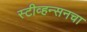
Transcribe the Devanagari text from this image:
स्टीव्हन्सनचा